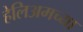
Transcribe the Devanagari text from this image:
हेलिअमच्या